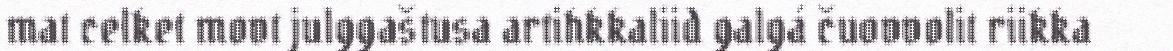
mat celket movt julggaštusa artihkkaliid galgá čuovvolit riikka